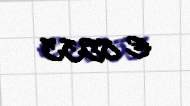
€ 8533